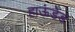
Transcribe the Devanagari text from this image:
हाऊंडेड